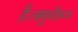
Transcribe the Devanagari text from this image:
है।क्युनीरूप